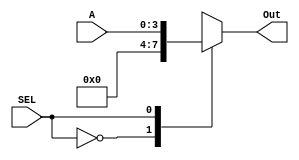
/* BitWiseX MUX Declaration */
module MUX(
    input [3:0] A,
    input SEL,
    output [3:0] Out);

    reg [3:0] O;
    assign Out = O;

    always @(A, SEL) begin 
        case(SEL)
            1'b0: O = 4'b0000; 
            1'b1: O = A; 
        endcase
    end
endmodule